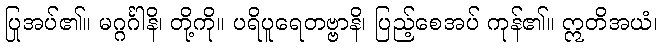
ပြုအပ်၏။ မဂ္ဂင်္ဂါနိ၊ တို့ကို။ ပရိပူရေတဗ္ဗာနိ၊ ပြည့်စေအပ် ကုန်၏။ ဣတိအယံ၊